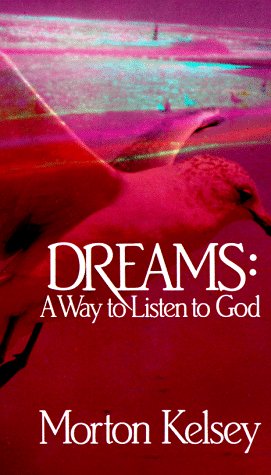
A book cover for Dreams: A Way to Listen to God; Morton Kelsey; Self-Help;